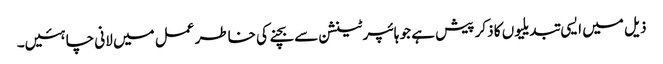
ذیل میں ایسی تبدیلیوں کا ذکر پیش ہے جو ہائپرٹینشن سے بچنے کی خاطر عمل میں لانی چاہئیں۔